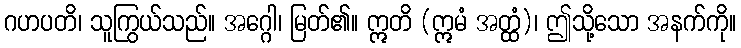
ဂဟပတိ၊ သူကြွယ်သည်။ အဂ္ဂေါ၊ မြတ်၏။ ဣတိ (ဣမံ အတ္ထံ)၊ ဤသို့သော အနက်ကို။